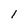
Character: 1